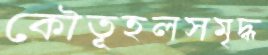
কৌতূহলসমৃদ্ধ